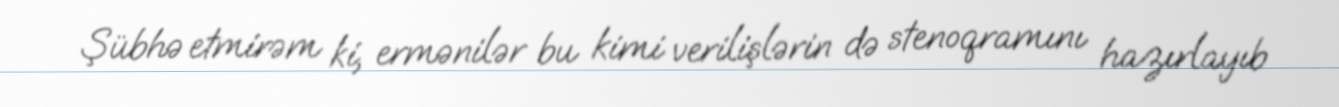
Şübhə etmirəm ki, ermənilər bu kimi verilişlərin də stenoqramını hazırlayıb